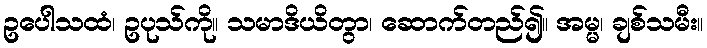
ဥပေါသထံ၊ ဥပုသ်ကို။ သမာဒိယိတွာ၊ ဆောက်တည်၍။ အမ္မ၊ ချစ်သမီး။